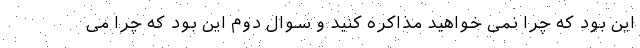
این بود که چرا نمی خواهید مذاکره کنید و سوال دوم این بود که چرا می